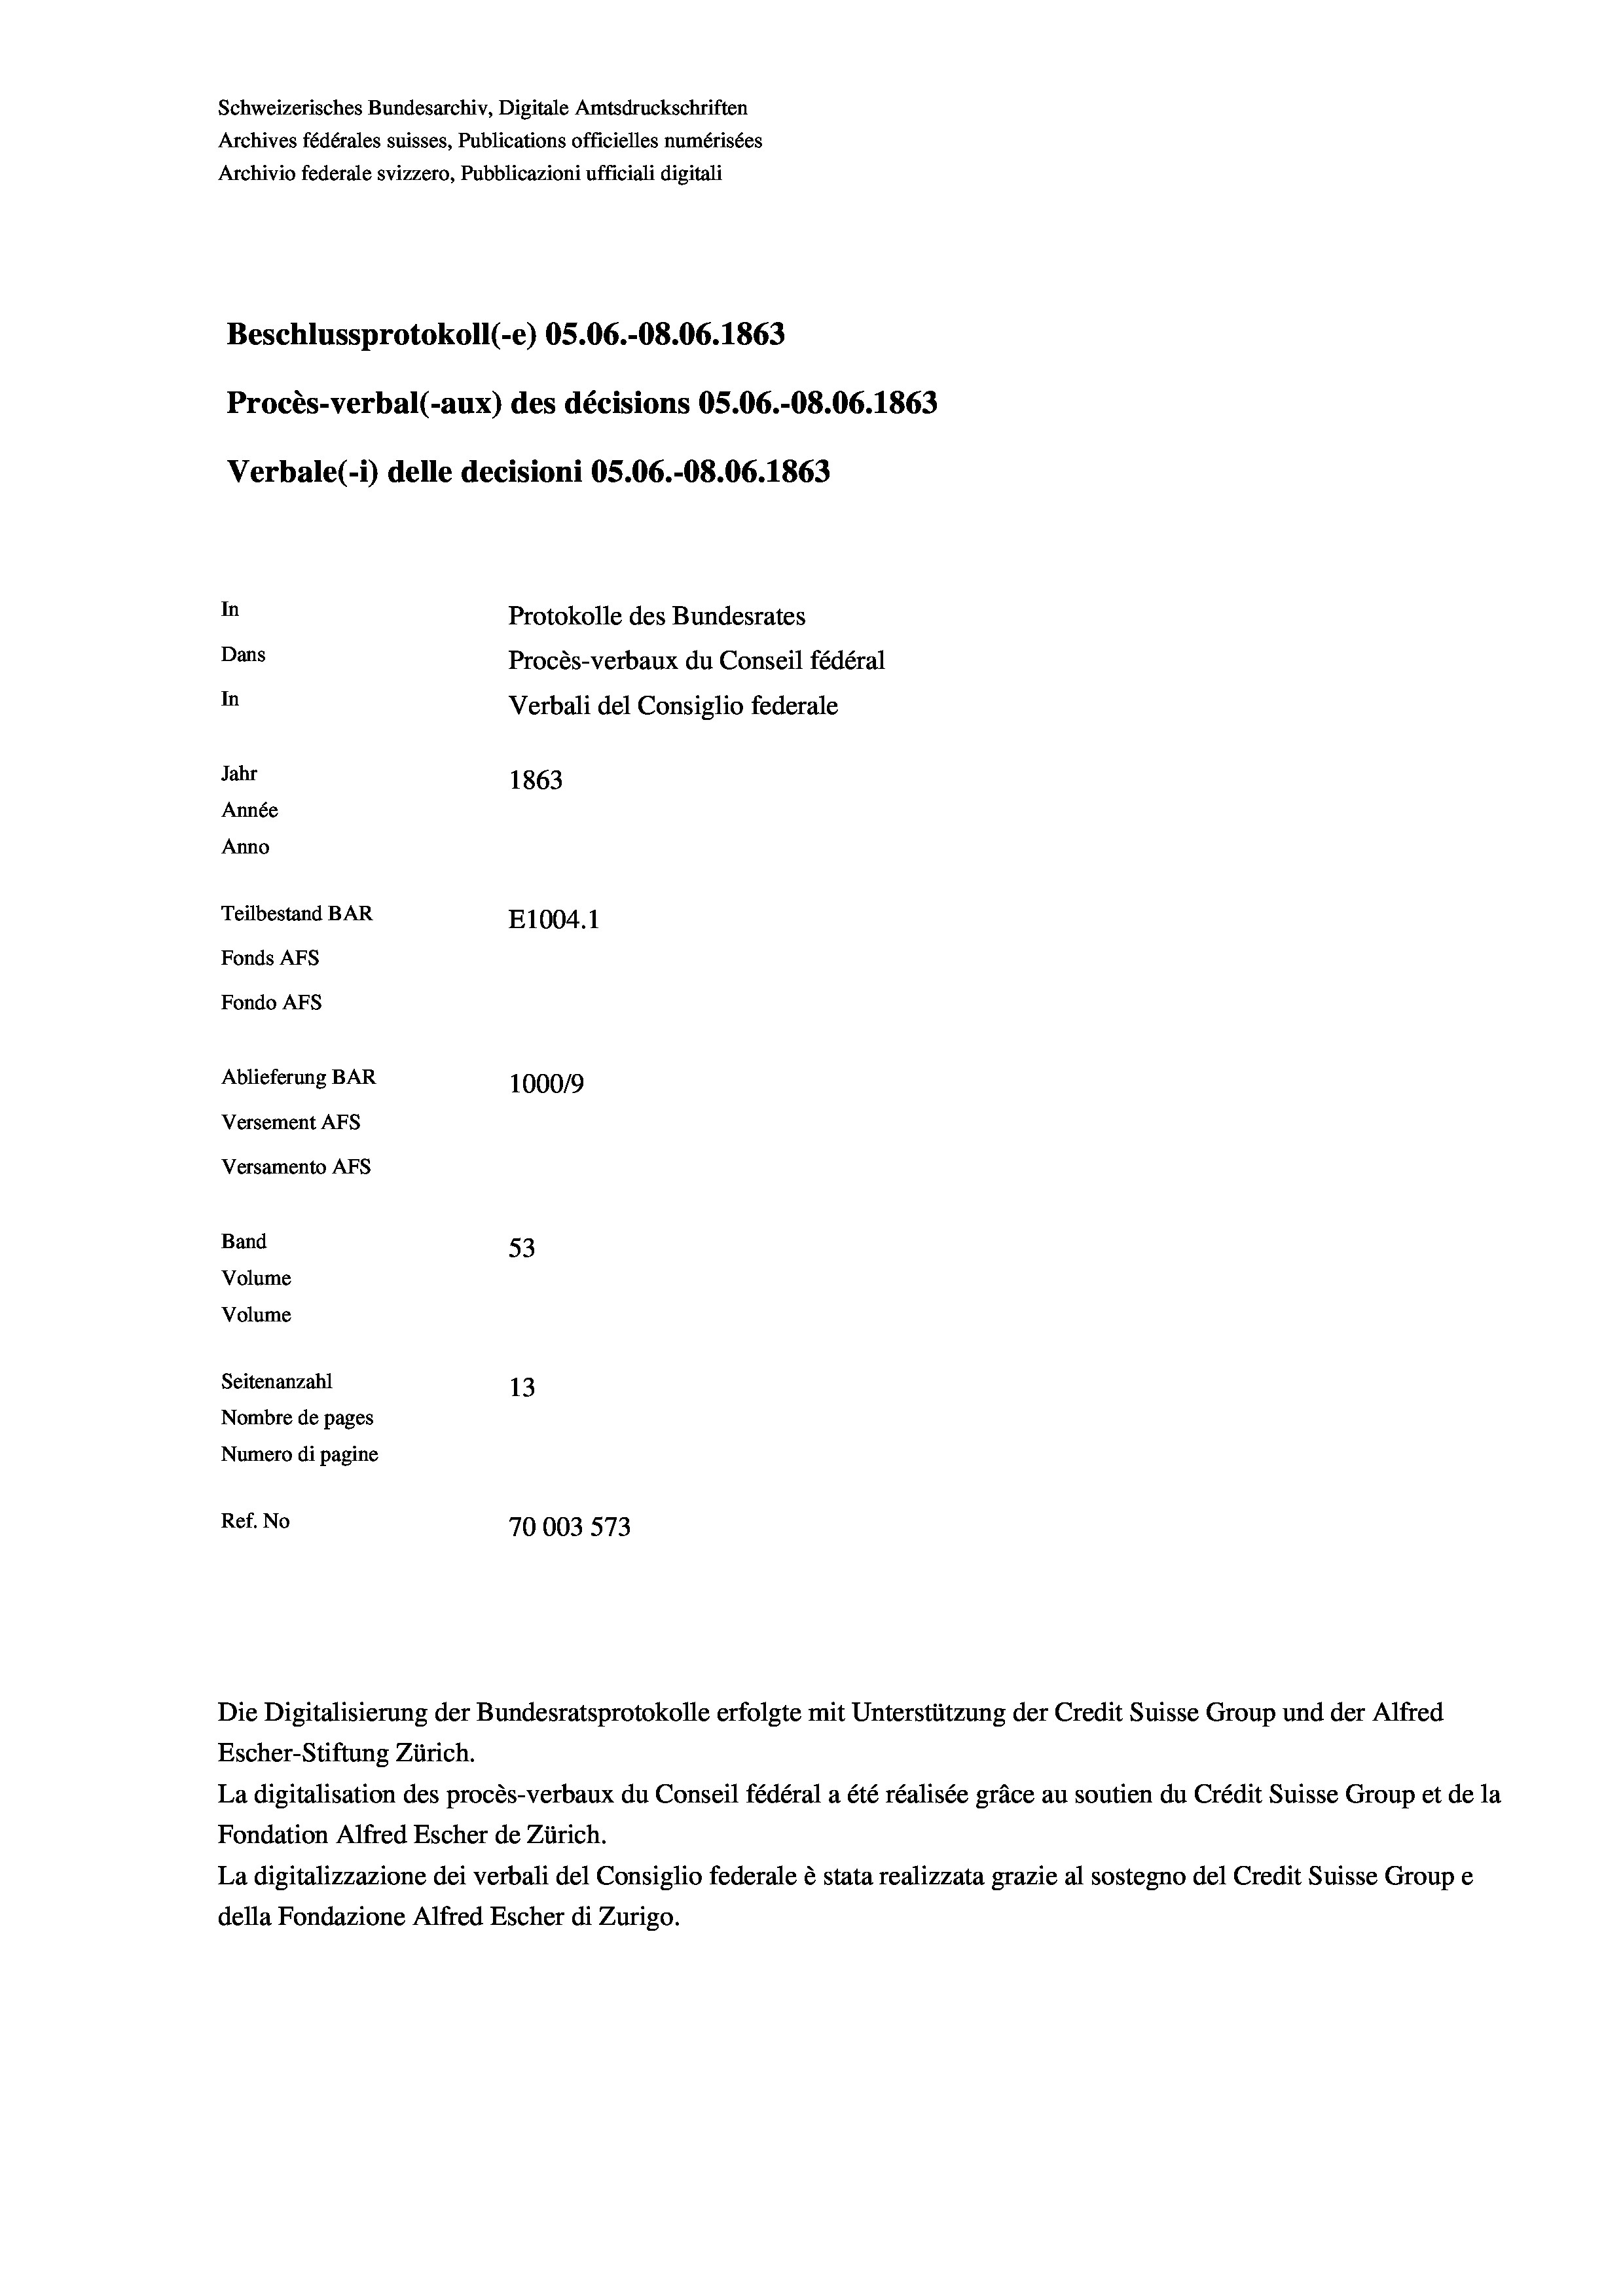
Schweizerisches Bundesarchiv, Digitale Amtsdruckschriften
Archives fédérales suisses, Publications officielles numérisées
Archivio federale svizzero, Pubblicazioni ufficiali digitali
Beschlussprotokoll (-e) OS.06.-O8.06. 1863
Procès-verbal (-aux) des décisions OS.06.-O8.06. 1863
Verbale (i) delle decisioni OS.06.-O8.06. 1863
In
Protokolle des Bundesrates
Dans
Procès-verbaux du Conseil fédéral
In
Verbali del Consiglio federale
Jahr
1863
Année
Anno
Teilbestand BAR
E1004. 1
Fonds AFs
Fondo AFS
Ablieferung BAR
100019
Versement AFs
Versamento Afs
Band
53
Volume
Volume
Seitenanzahl
13
Nombre de pages
Numero di pagine
Ref. No
70003 573

Escher-Stiftung Zürich.
La digitalisation des procès-verbaux du Conseil fédéral a été réalisée gräce au soutien du Crédit Suisse Group et de la
Fondation Alfred Escher de Zürich.
La digitalizzazione dei verbali del Consiglio federale è stata realizzata grazie al sostegno del Credit Suisse Groupe
della Fondazione Alfred Escher di Zurigo.

Die Digitalisierung der Bundesratsprotokolle erfolgte mit Unterstützung der Credit Suisse Group und der Alfred